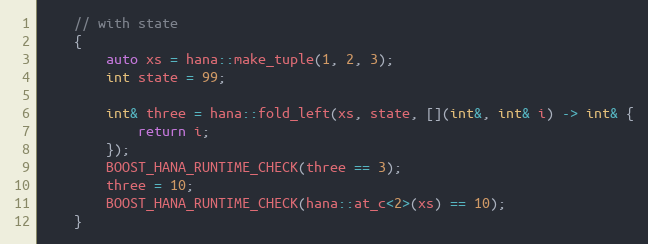
Language: C++
    // with state
    {
        auto xs = hana::make_tuple(1, 2, 3);
        int state = 99;

        int& three = hana::fold_left(xs, state, [](int&, int& i) -> int& {
            return i;
        });
        BOOST_HANA_RUNTIME_CHECK(three == 3);
        three = 10;
        BOOST_HANA_RUNTIME_CHECK(hana::at_c<2>(xs) == 10);
    }